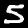
Digit: 5